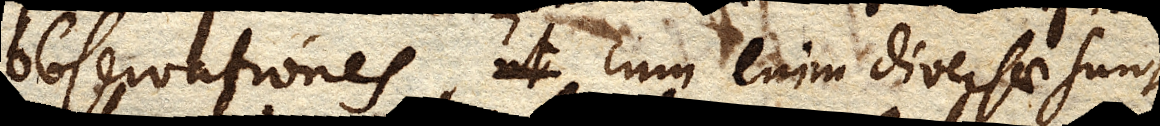
observationes, cum enim diversae sunt